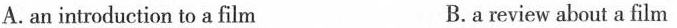
A.an introduction to a film B.a review about a film